18_6369445_General_1948_Vol_1
Agency: Department of War
Incident date: 6/15/48
Page 28
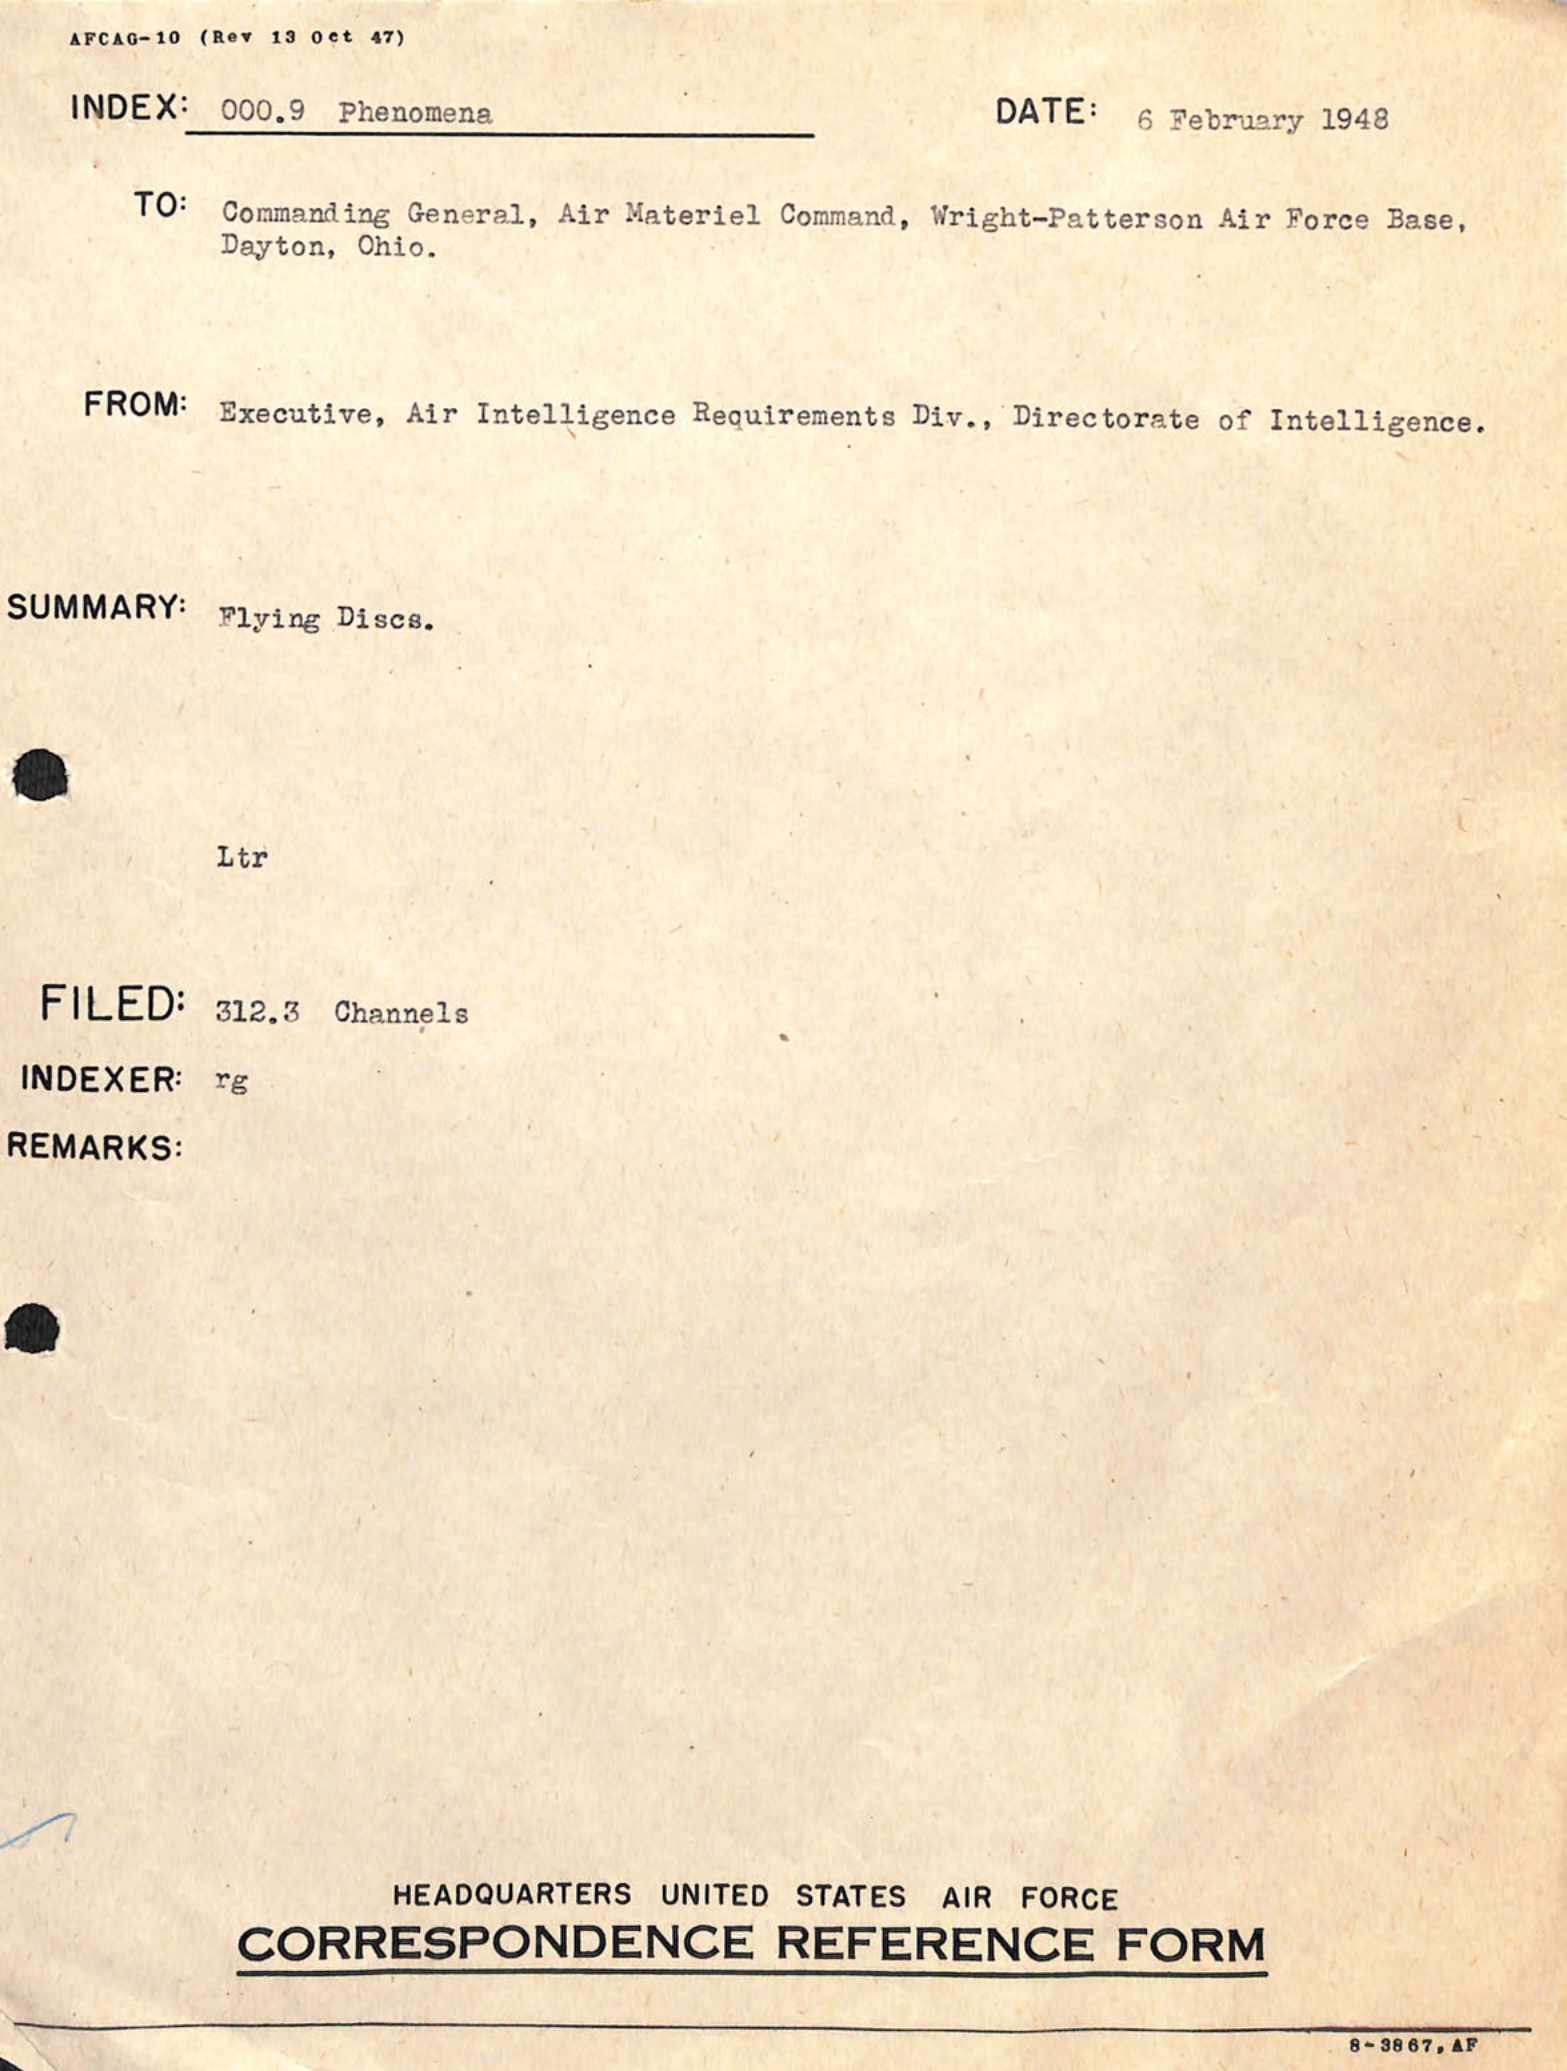